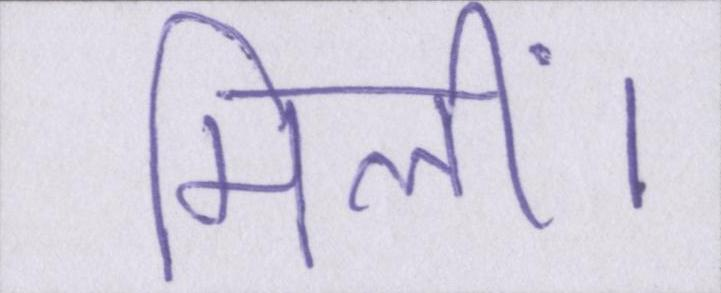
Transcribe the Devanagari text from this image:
मिलीं।